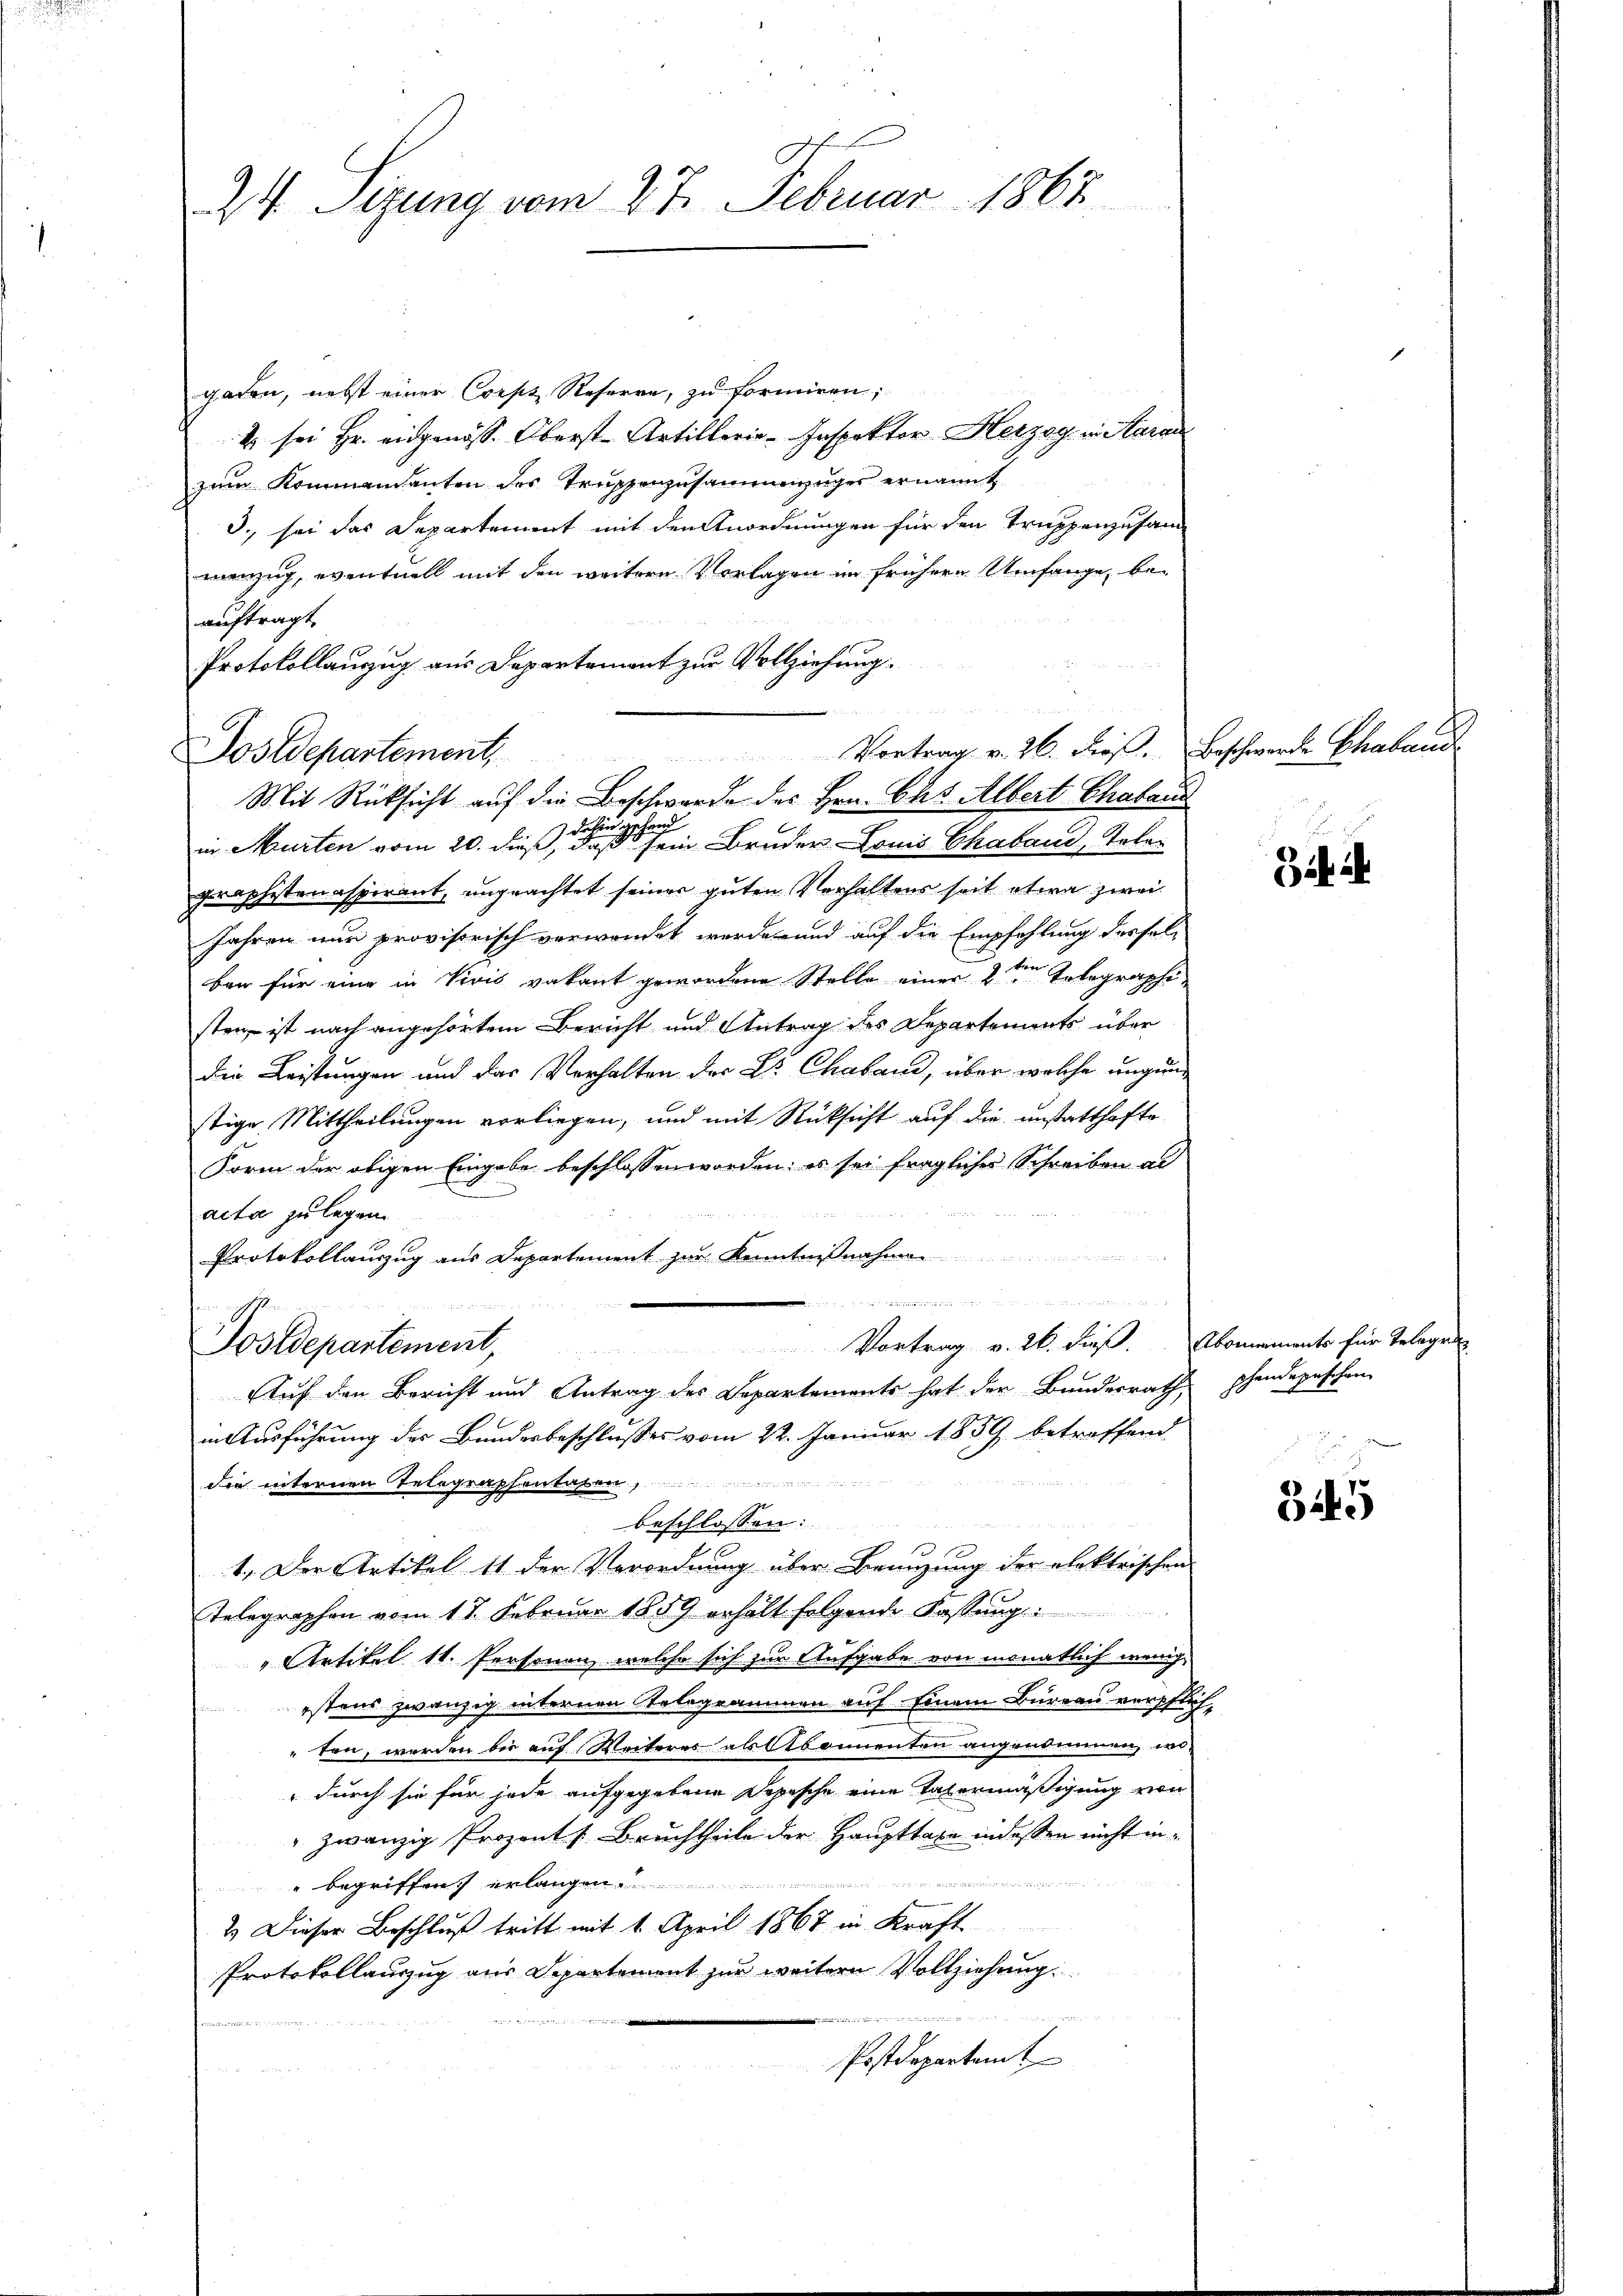
24. Sizung vom 27. Februar 1865.

gaden, nebst einer Corps Reserre, zu formiren;
4 sei Hr. eidgenöss. Oberst-Artillerie-Inspektor Herzog in Aarau
zum Kommendanten des Truppenzusammenzuges ernannt
3., sei das Departement mit den Anordnungen für den Truppenzusam
manzug, eventuell mit den weitere Vorlagen im frühern Umfange, beauftragt,
Protokollanzug aus Departement zur Vollziehung.
in Murten vom 20. dieß er ein Bruder Louis Chaband, aber
graphisten aspirant, ungeachtet seiner guten Verhaltens seit etwa zwei
Jahren nur provisorisch verwendet werde und auf die Empfehlung dessel-
ban für eine in Vivis vakant gewordene Stelle einer 2ten Telegraphisten ist nach angehörtem Bericht und Antrag des Departements über
die Leistungen und das Verhalten der Dr. Chaband, über welche ungunstige Mittheilungen vorliegen, und mit Rücksicht auf die unstatthafte
Form der obigen Eingabe beschlossen worden; es sei fraglicher Schreiben al
acta zu legen
Protokollauszug aus Departement zur Kenntnißnahmen
e
ein mich stren
Vortrag v. 26. dieß. Abonements für Telegen
Postdepartement,
Auf den Bericht und Antrag des Departements hat der Bundesrath,
in Ausführung des Bundesbeschlußes vom 22. Januar 1859 betreffend
nun
die internen Telegraphentaten,
u
beschlossen:
1
d
1. Der Artikel 11 der Verordnung über Benuzung der elektrischen
Telegraphen vom 17. Februar 1859 erhält folgende Fassung
„Artikel 11. Personen, welche sich zur Aufgabe von monatlich wenigistens zwanzig unternen Telegrammen auf einem Büreau verpflich-
ten, werden bei auf Weiteres als Abonnenten angenommen, wo¬
 durch sie für jede aufgegebene Depesche eine Vatermäßigung von
zwanzig Prozents Bruchtheile der Haupttaxe indessen nicht in¬

begriffen, erlangen ....
2.) Dieser Beschluß tritt mit 1. April 1867 in Kraft
Protokollauszug aus Departement zur weitern Vollziehung.
Postdepartamt

Postdepartement,

2
Vortrag v. 26. Fies. Beschwerden Schaband
Mit Rücksicht auf die Beschwerde des Hrn. Chr. Albert Chabaue

Bit ih

pchendepeschen

3445